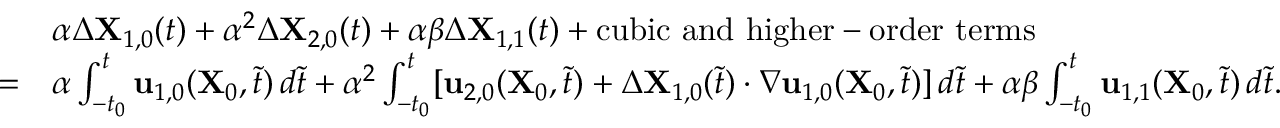
\begin{array} { r l } & { \alpha \Delta \mathbf { X } _ { 1 , 0 } ( t ) + \alpha ^ { 2 } \Delta \mathbf { X } _ { 2 , 0 } ( t ) + \alpha \beta \Delta \mathbf { X } _ { 1 , 1 } ( t ) + \mathrm { c u b i c ~ a n d ~ h i g h e r - o r d e r ~ t e r m s } } \\ { = } & { \alpha \int _ { - t _ { 0 } } ^ { t } \mathbf { u } _ { 1 , 0 } ( \mathbf { X } _ { 0 } , \tilde { t } ) \, d \tilde { t } + \alpha ^ { 2 } \int _ { - t _ { 0 } } ^ { t } [ \mathbf { u } _ { 2 , 0 } ( \mathbf { X } _ { 0 } , \tilde { t } ) + \Delta \mathbf { X } _ { 1 , 0 } ( \tilde { t } ) \cdot \nabla \mathbf { u } _ { 1 , 0 } ( \mathbf { X } _ { 0 } , \tilde { t } ) ] \, d \tilde { t } + \alpha \beta \int _ { - t _ { 0 } } ^ { t } \mathbf { u } _ { 1 , 1 } ( \mathbf { X } _ { 0 } , \tilde { t } ) \, d \tilde { t } . } \end{array}